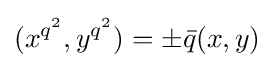
(x^{q^{2}},y^{q^{2}})=\pm {\bar {q}}(x,y)